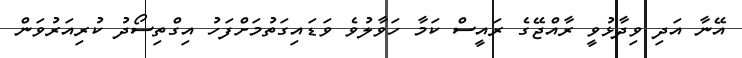
އޭނާ އަދި ވިދާޅުވީ ރާއްޖޭގެ ރައީސް ކަމާ ހަވާލުވެ ވަޑައިގަތުމަށްފަހު އިގްތިސޯދު ކުރިއަރުވަން